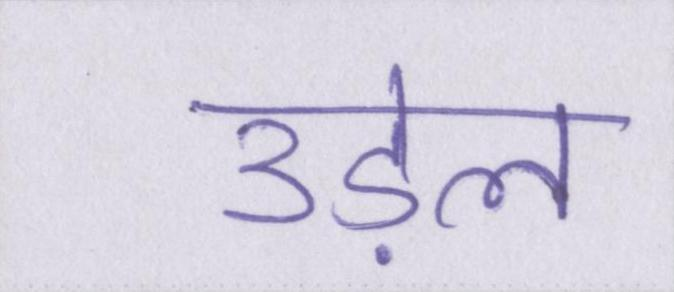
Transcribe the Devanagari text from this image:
उड़ेल